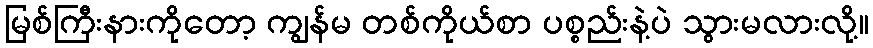
မြစ်ကြီးနားကိုတော့ ကျွန်မ တစ်ကိုယ်စာ ပစ္စည်းနဲ့ပဲ သွားမလားလို့။